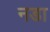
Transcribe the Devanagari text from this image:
नडा